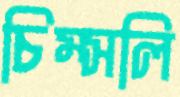
চিম্‌সলি